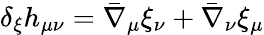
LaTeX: \delta_{\xi}h_{\mu\nu}=\bar{\nabla}_{\mu}\xi_{\nu}+\bar{\nabla}_{\nu}\xi_{\mu}